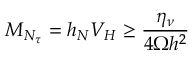
M _ { N _ { \tau } } = h _ { N } V _ { H } \geq \frac { \eta _ { \nu } } { 4 \Omega h ^ { 2 } }